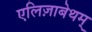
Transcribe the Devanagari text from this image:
एलिज़ाबेथम्